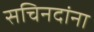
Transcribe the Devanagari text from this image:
सचिनदांना